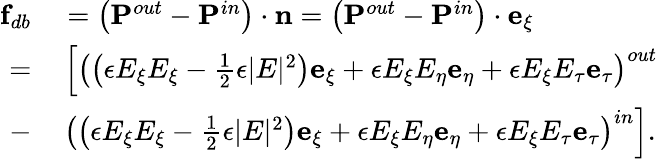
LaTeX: \begin{array}{rl}{\mathbf{f}_{db}}&{{}=\left(\mathbf{P}^{out}-\mathbf{P}^{in}\right)\cdot\mathbf{n}=\left(\mathbf{P}^{out}-\mathbf{P}^{in}\right)\cdot\mathbf{e}_{\xi}}\\ {=}&{{}\left[\left(\left(\epsilon E_{\xi}E_{\xi}-\frac{1}{2}\epsilon|E|^{2}\right)\mathbf{e}_{\xi}+\epsilon E_{\xi}E_{\eta}\mathbf{e}_{\eta}+\epsilon E_{\xi}E_{\tau}\mathbf{e}_{\tau}\right)^{out}\right.}\\ {-}&{{}\left.\left(\left(\epsilon E_{\xi}E_{\xi}-\frac{1}{2}\epsilon|E|^{2}\right)\mathbf{e}_{\xi}+\epsilon E_{\xi}E_{\eta}\mathbf{e}_{\eta}+\epsilon E_{\xi}E_{\tau}\mathbf{e}_{\tau}\right)^{in}\right].}\end{array}